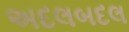
અદલબદલ